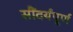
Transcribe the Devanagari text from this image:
सौंदर्यंपूर्ण